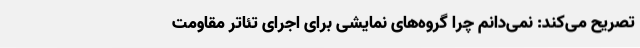
تصریح می‌کند: نمی‌دانم چرا گروه‌های نمایشی برای اجرای تئاتر مقاومت